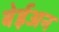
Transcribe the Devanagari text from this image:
बेईअन